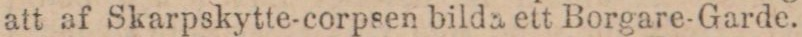
att af Skarpskytte-corpsen bilda ett Borgare-Garde.